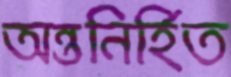
অন্তনির্হিত